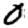
Digit: 0